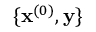
\{ \mathbf { x } ^ { ( 0 ) } , \mathbf { y } \}